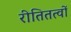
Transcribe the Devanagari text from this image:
रीतितत्वों